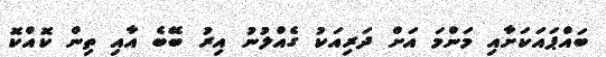
ބައްޕައަކަށާއި މަންމަ އަށް ދަރިއަކު ގެއްލުނު އިރު ބޭބެ އާއި ތިން ކޮއްކޮ